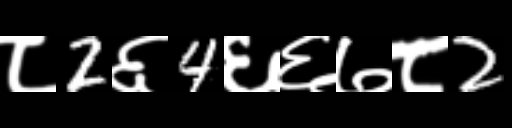
Text: ८2६4६६७८2